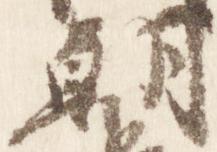
朝